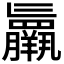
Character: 𮊷